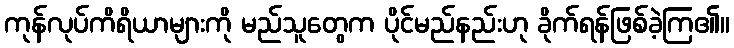
ကုန်လုပ်ကိရိယာများကို မည်သူတွေက ပိုင်မည်နည်းဟု ခိုက်ရန်ဖြစ်ခဲ့ကြ၏။